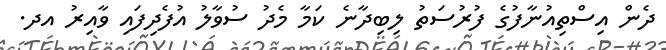
ދެން އިސްތިއުނާފުުގެ ފުރުސަތު ލިބިދާނެ ކަމާ މެދު ސުވާލު އުފެދިފައި ވާއިރު އދ.